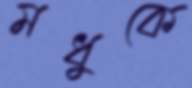
মধুকে